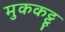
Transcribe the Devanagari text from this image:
मुककट्टू